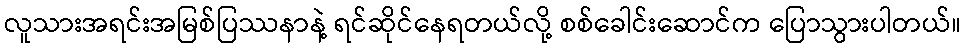
လူသားအရင်းအမြစ်ပြဿနာနဲ့ ရင်ဆိုင်နေရတယ်လို့ စစ်ခေါင်းဆောင်က ပြောသွားပါတယ်။